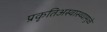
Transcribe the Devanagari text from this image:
प्रकृतिअस्वास्थ्यामुळे